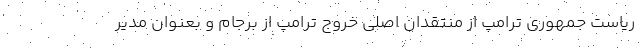
ریاست جمهوری ترامپ از منتقدان اصلی خروج ترامپ از برجام و بعنوان مدیر